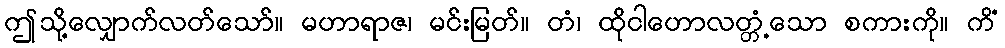
ဤသို့လျှောက်လတ်သော်။ မဟာရာဇ၊ မင်းမြတ်။ တံ၊ ထိုငါဟောလတ္တံ့သော စကားကို။ ကိံ